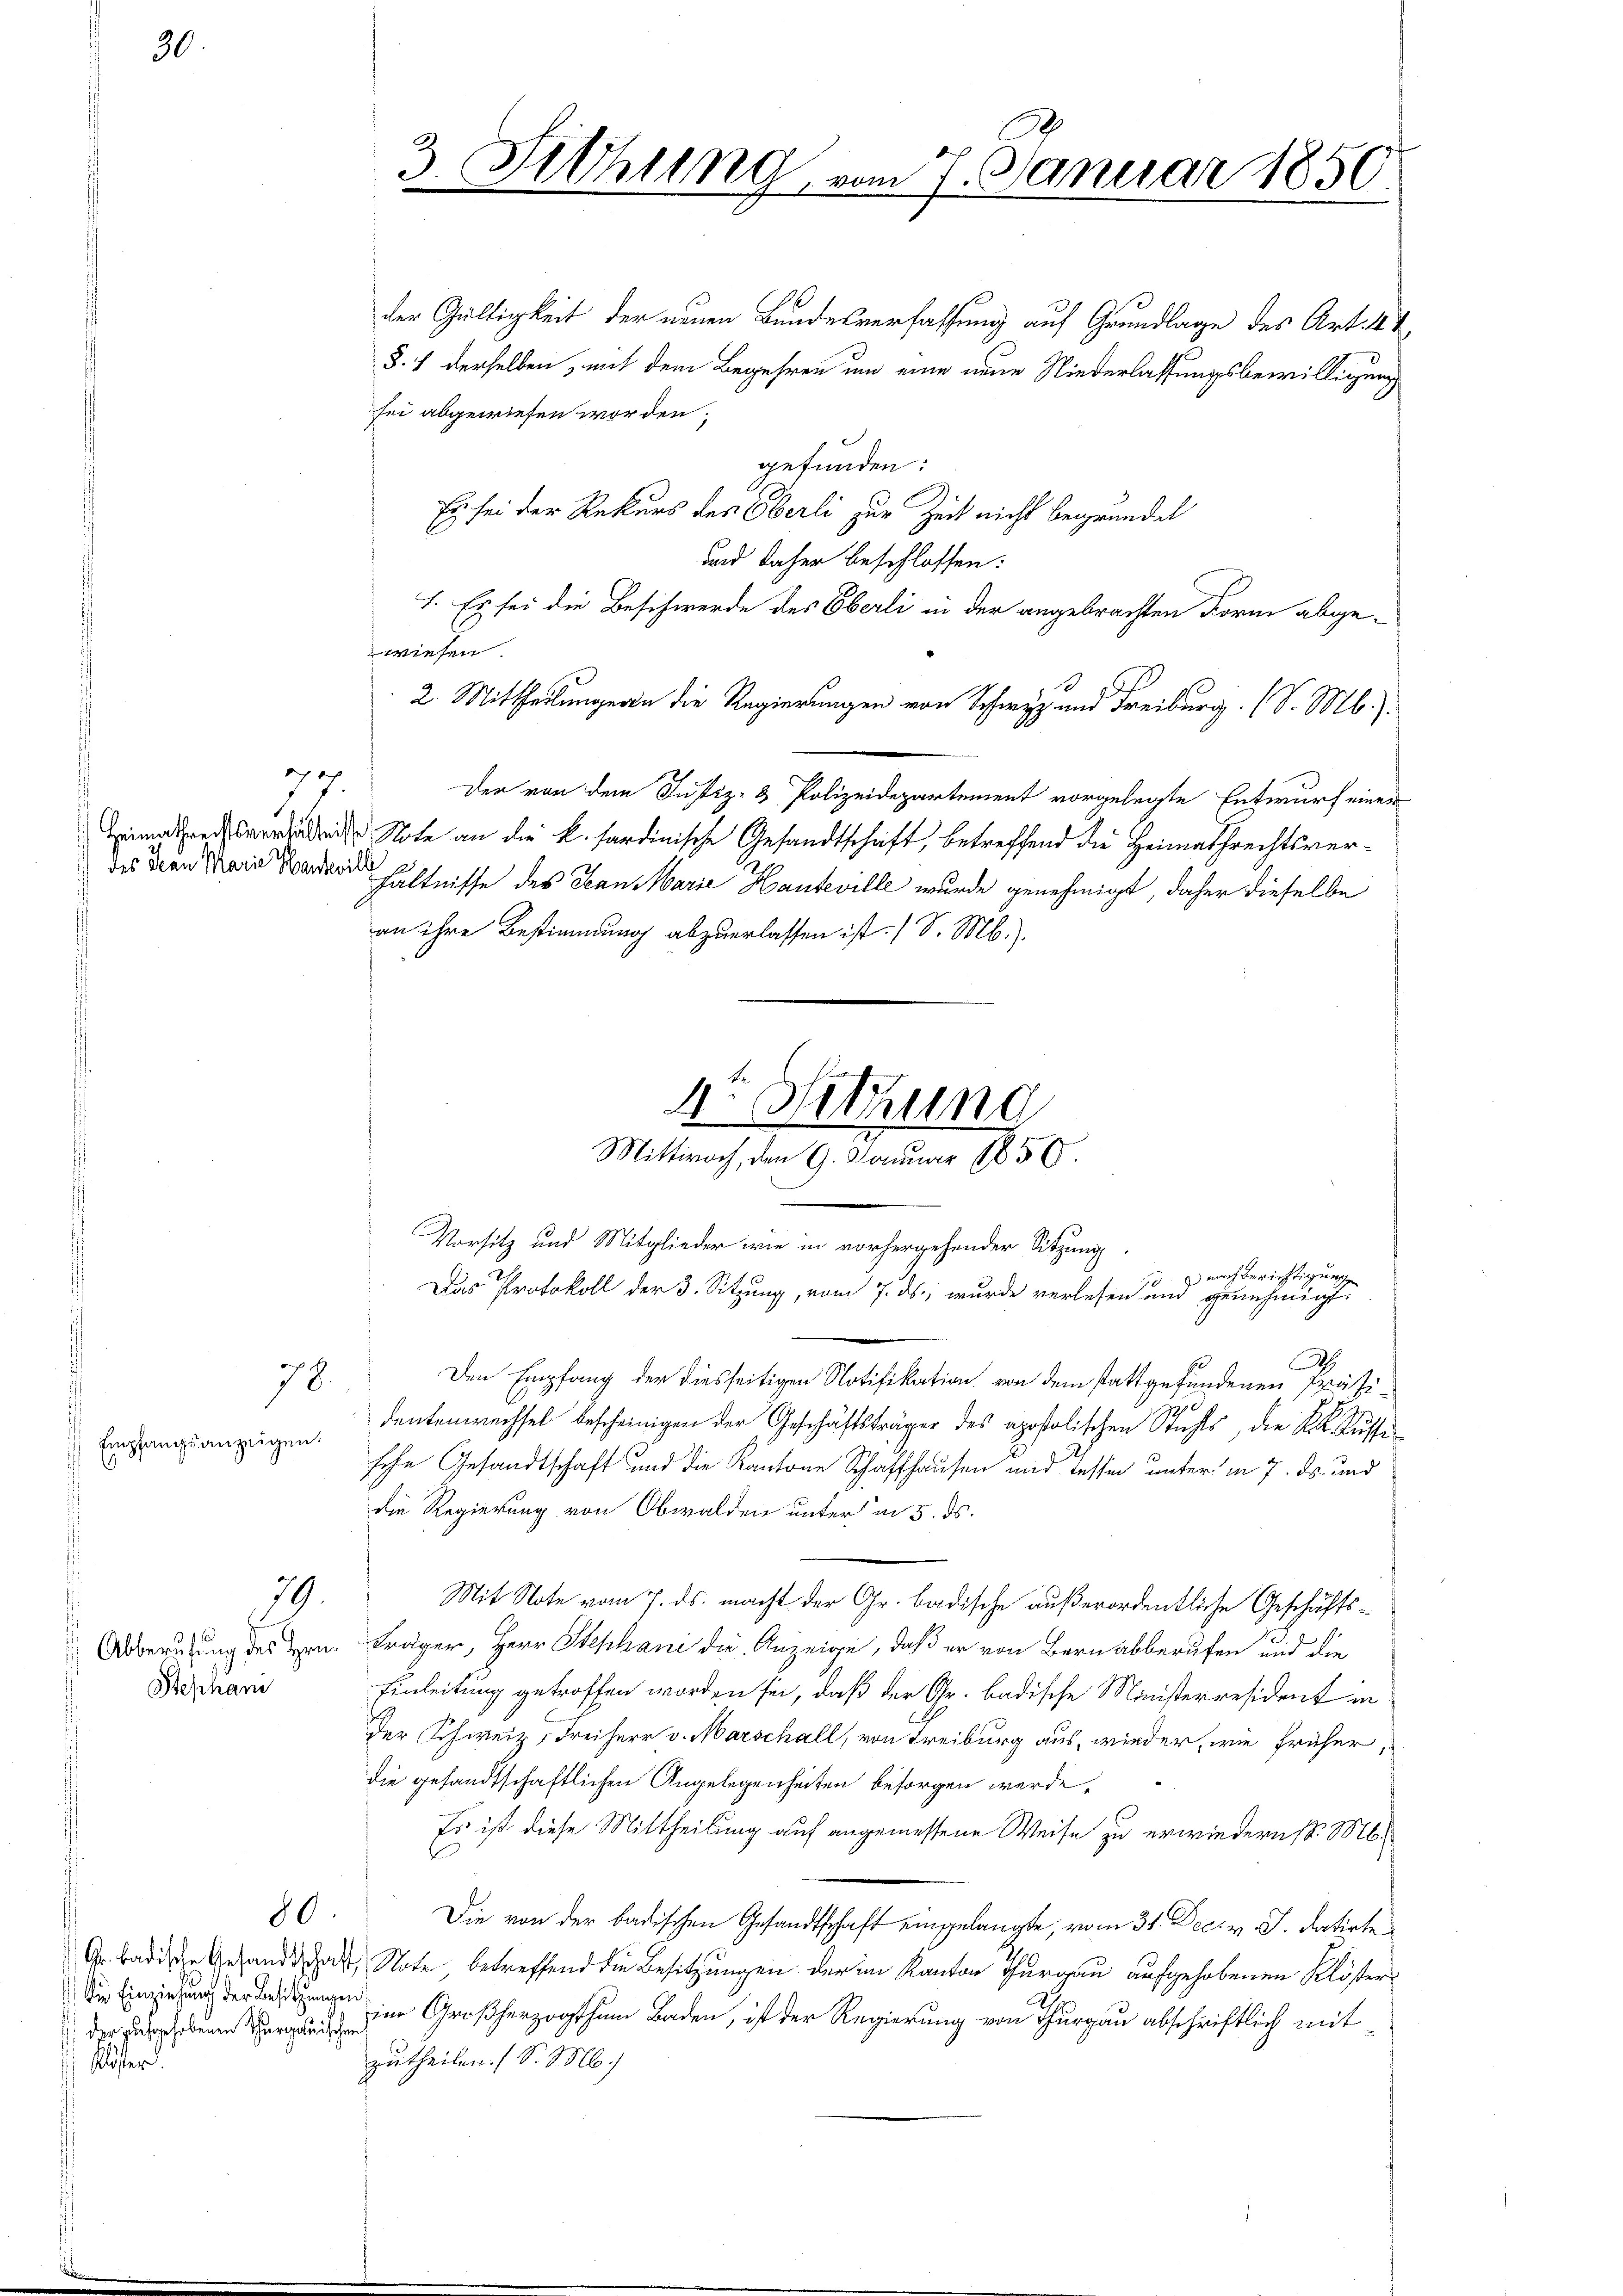
77.
.
Heimathrechtsverhältni
des Jean Marie Hander

78.

Empfangsanzeigen.

79.

Abberufung des Hrn.
Stephan

80.

Kr. badische Gesandtschaft
 die Einziehung der Besitzungen
der aufgehobenen Thurgauischen
Klöster.

3. Sitzung vom 7. Januar 1850.

der Gültigkeit der neuen Bundesverfassung auf Grundlage des Art. A
§. 7 derselben, mit dem Begehren um eine neue Niederlassungsbewilligung
sei abgewiesen worden;
gefunden:
Es sei der Rekurs des Oberli zur Zeit nicht begründet
und daher beschlossen:
I. Es sei die Beschwerde des Oberli in der angebrachten Form abgewiesen
2. Mittheilungen die Regierungen von Schwyz und Freiburg. (S. Mb.).
Der von dem Justiz- & Polizeidepartement vorgelegte Entwurf einer
. Note an die k. hardinische Gesandtschaft, betreffend die Heimathrechtsverhältnisse des Jean Marie Hanteville wurde genehmigt, daher dieselbe
an ihre Bestimmung abzuerlassen ist. (S. M.).
A
Den Empfang der diesseitigen Notifikation von dem stattgefundenen Präsidentenwechsel bescheinigen der Geschäftsträger des apostolischen Stuhls, die K. K. Kussi
sche Gesandtschaft und die Kantone Schaffhausen und Tessen unter in 7. ds. und
die Regierung von Obwalden unter in 5. ds.
Mit Note vom 7. ds. macht der Gr. badische außerordentliche Geschäftsträger, Herr Stephani die Anzeige, daß er von Bern abberufen und die
Einleitung getroffen worden sei, daß der Gr. badische Ministerresident in
Der Schweiz, Freiherr v. Marschall, von Freiburg aus, wieder, wie früher
die gesandtschaftlichen Angelegenheiten besorgen werde,
Es ist diese Mittheilung auf angemessene Weise zu erwiedern d. M.
E
Die von der badischen Gesandtschaft eingelangte, vom 31. Dec. v. J. datirte
 Note, betreffend die Besitzungen der im Kanton Thurgau aufgehobenen Klösterim Großherzogthum Baden, ist der Regierung von Thurgau abschriftlich mit
zutheilen. (S. M.)

4te Sitzung
Mittwoch, den 9. Januar 1856
Vorsitz und Mitglieder wie in vorhergehender Sitzung.
  nach Berichtigung
Das Protokoll der 3. Sitzung, vom 7. ds., wurde verlesen und genehmigt.